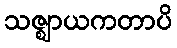
သဇ္ဈာယကတာပိ